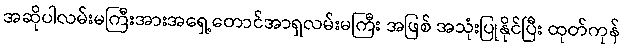
အဆိုပါလမ်းမကြီးအားအရှေ့တောင်အာရှလမ်းမကြီး အဖြစ် အသုံးပြုနိုင်ပြီး ထုတ်ကုန်